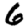
Digit: 6